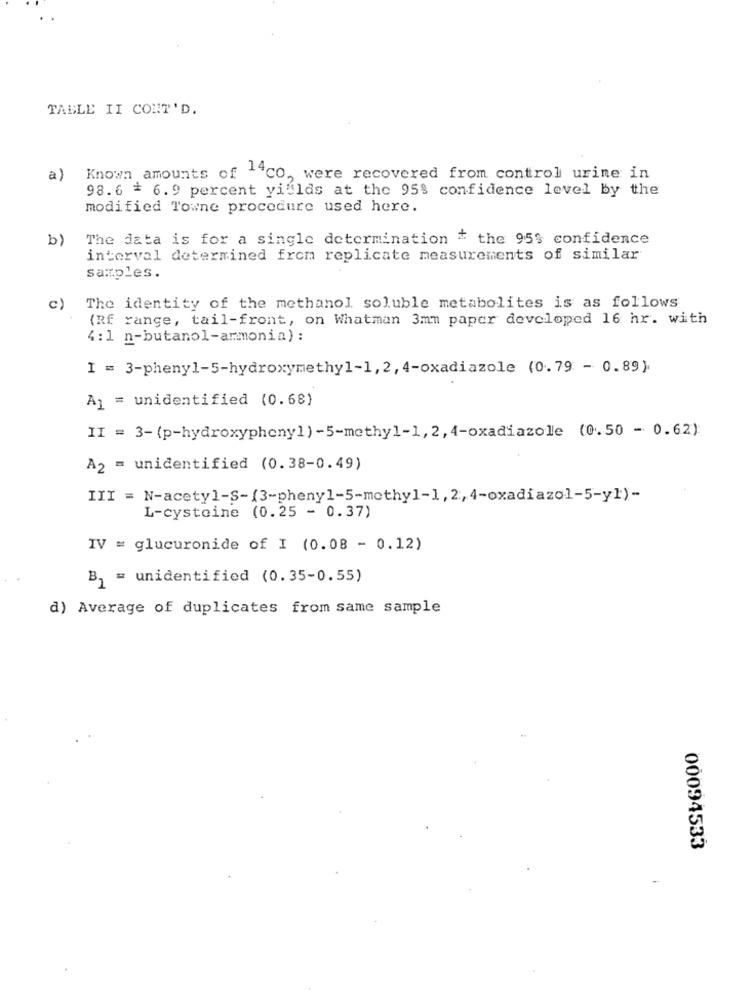
TABLE II CONT'D.
a)
Known amounts of ""CO, were recovered from control urine in
98.6 * 6.9 percent yillds at the 95% confidence level by the
modified Towne procedure used here.
b)
The data is for a single determination * the 95$ confidence
interval determined from replicate measurements of similar
samples.
c)
The identity of the methanol soluble metabolites is as follows
(Rf range, tail-front, on Whatman 3mm paper developed 16 hr. with
4 : 1 n-butanol-ammonia) :
I = 3-phenyl-5-hydroxymethyl-1, 2, 4-oxadiazole (0.79 - 0.89).
A1 = unidentified (0.68)
II = 3-(p-hydroxyphony1) -5-methyl-1, 2, 4-oxadiazole (0.50 - 0.62)
A2 = unidentified (0.38-0.49)
III = N-acetyl-S-(3-phenyl-5-methyl-1, 2,4-oxadiazol-5-y1)-
L-cysteine (0.25 - 0.37)
IV = glucuronide of I (0.08 - 0.12)
B, = unidentified (0.35-0.55)
d) Average of duplicates from same sample
00094533
-